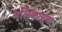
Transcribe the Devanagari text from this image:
नलिकानुमा